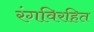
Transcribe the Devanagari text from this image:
रंगविरहित